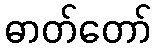
ဓာတ်တော်